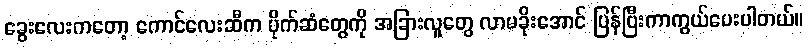
ခွေးလေးကတော့ ကောင်လေးဆီက ပိုက်ဆံတွေကို အခြားလူတွေ လာမခိုးအောင် ပြန်ပြီးကာကွယ်ပေးပါတယ်။